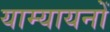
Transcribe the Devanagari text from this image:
याम्यायनों